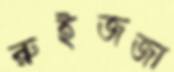
রুইজজা